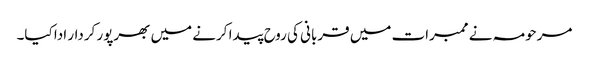
مرحومہ نے ممبرات میں قربانی کی روح پیدا کرنے میں بھرپور کردار ادا کیا۔